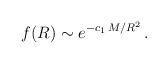
LaTeX: \begin{align*}f(R) \sim e^{-c_1 \, M / R^2} \, . \end{align*}